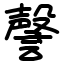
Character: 謦